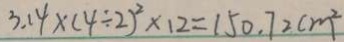
3 . 1 4 \times ( 4 \div 2 ) ^ { 2 } \times 1 2 = 1 5 0 . 7 2 c m ^ { 2 }